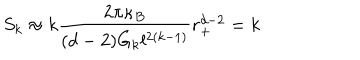
S _ { k } \approx k \frac { 2 \pi \kappa _ { B } } { ( d - 2 ) G _ { k } l ^ { 2 ( k - 1 ) } } r _ { + } ^ { d - 2 } = k